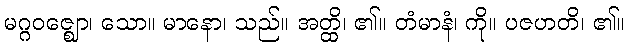
မဂ္ဂဝဇ္ဈော၊ သော။ မာနော၊ သည်။ အတ္ထိ၊ ၏။ တံမာနံ၊ ကို။ ပဇဟတိ၊ ၏။